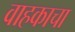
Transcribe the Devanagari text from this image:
वाहकाचा